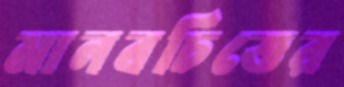
মানবচিত্তের